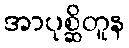
အာပုစ္ဆိတူန